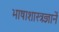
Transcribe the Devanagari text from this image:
भाषाशास्त्रज्ञानें